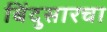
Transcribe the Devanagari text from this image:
बिंदुसारचा